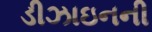
ડીઝાઇનની